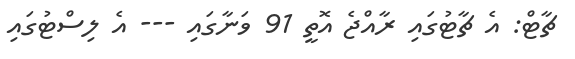
ޗާޓް: އެ ޗާޓުގައި ރާއްޖެ އޮތީ 91 ވަނާގައި --- އެ ލިސްޓުގައި